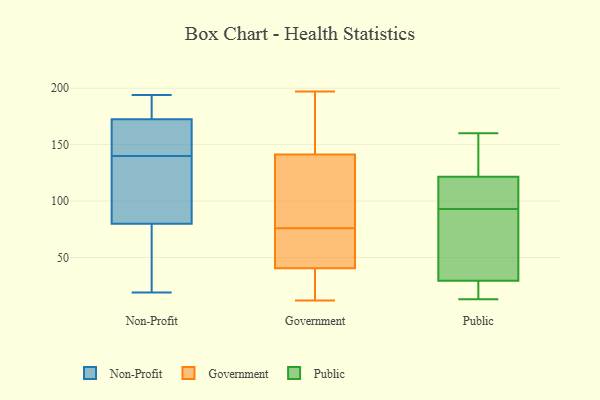
{"axis": {"x": "Active Users", "y": "Value"}, "legend": ["Government", "Non-Profit", "Public"], "data": [{"x": "", "y": 72, "type": "Non-Profit"}, {"x": "", "y": 144, "type": "Non-Profit"}, {"x": "", "y": 165, "type": "Non-Profit"}, {"x": "", "y": 178, "type": "Non-Profit"}, {"x": "", "y": 175, "type": "Non-Profit"}, {"x": "", "y": 19, "type": "Non-Profit"}, {"x": "", "y": 66, "type": "Non-Profit"}, {"x": "", "y": 104, "type": "Non-Profit"}, {"x": "", "y": 126, "type": "Non-Profit"}, {"x": "", "y": 194, "type": "Non-Profit"}, {"x": "", "y": 140, "type": "Non-Profit"}, {"x": "", "y": 12, "type": "Government"}, {"x": "", "y": 122, "type": "Government"}, {"x": "", "y": 60, "type": "Government"}, {"x": "", "y": 168, "type": "Government"}, {"x": "", "y": 24, "type": "Government"}, {"x": "", "y": 136, "type": "Government"}, {"x": "", "y": 183, "type": "Government"}, {"x": "", "y": 30, "type": "Government"}, {"x": "", "y": 143, "type": "Government"}, {"x": "", "y": 71, "type": "Government"}, {"x": "", "y": 34, "type": "Government"}, {"x": "", "y": 197, "type": "Government"}, {"x": "", "y": 129, "type": "Government"}, {"x": "", "y": 68, "type": "Government"}, {"x": "", "y": 76, "type": "Government"}, {"x": "", "y": 125, "type": "Public"}, {"x": "", "y": 27, "type": "Public"}, {"x": "", "y": 160, "type": "Public"}, {"x": "", "y": 36, "type": "Public"}, {"x": "", "y": 93, "type": "Public"}, {"x": "", "y": 108, "type": "Public"}, {"x": "", "y": 141, "type": "Public"}, {"x": "", "y": 28, "type": "Public"}, {"x": "", "y": 34, "type": "Public"}, {"x": "", "y": 36, "type": "Public"}, {"x": "", "y": 117, "type": "Public"}, {"x": "", "y": 14, "type": "Public"}, {"x": "", "y": 123, "type": "Public"}, {"x": "", "y": 13, "type": "Public"}, {"x": "", "y": 114, "type": "Public"}]}